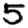
Digit: 5